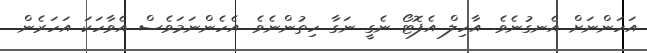
އަހަންނަށް އެނގުނެވެ. އާހިލް އެފޮޓޯ ނެގީ ނަގާ ހިތުންނެވެ. އެހެންނަމަވެސް އެވާހަކަ އަހަރެން